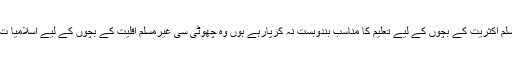
حالانکہ اصل مسئلہ یہ ہے کہ جو حکمران مسلم اکثریت کے بچوں کے لیے تعلیم کا مناسب بندوبست نہ کرپارہے ہوں وہ چھوٹی سی غیرمسلم اقلیت کے بچوں کے لیے اسلامیا ت کے متبادل کی تعلیم کا بندوسبت کریں گے؟